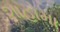
શાહોમા